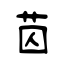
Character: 苬